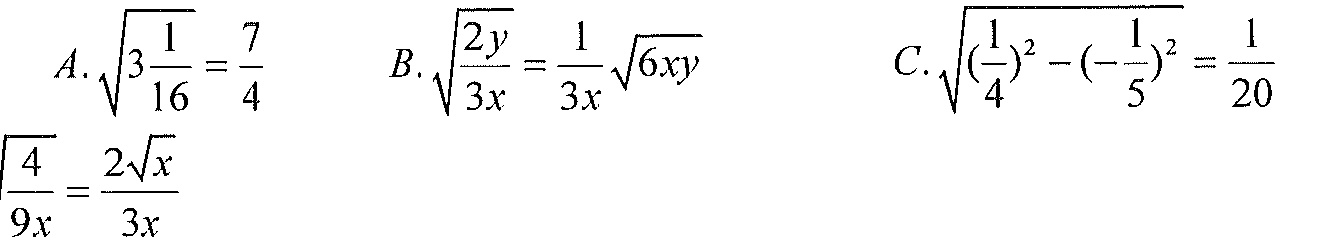
\[
\begin{align*}
A.&\sqrt{3\frac{1}{16}}=\frac{7}{4}\\
B.&\sqrt{\frac{2y}{3x}}=\frac{1}{3x}\sqrt{6xy}\\
C.&\sqrt{(\frac{1}{4})^{2}-(-\frac{1}{5})^{2}}=\frac{1}{20}\\
&\sqrt{\frac{4}{9x}}=\frac{2\sqrt{x}}{3x}
\end{align*}
\]